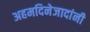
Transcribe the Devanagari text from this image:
अहमदिनेजादांनी